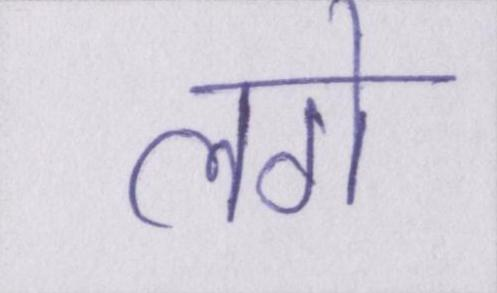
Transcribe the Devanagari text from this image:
लगे